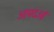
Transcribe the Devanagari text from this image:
आपदओं